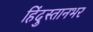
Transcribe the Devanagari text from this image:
हिंदुस्तानभर